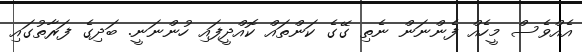
އެއްވެސް މީހެއް ފެންނަން ނެތި ގޭގެ ކަންތައް ކޮއްދީފައި ހުންނަނީ. ބަދިގެ ފަރާތުގައި